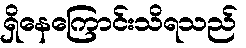
ရှိနေကြောင်းသိရသည်